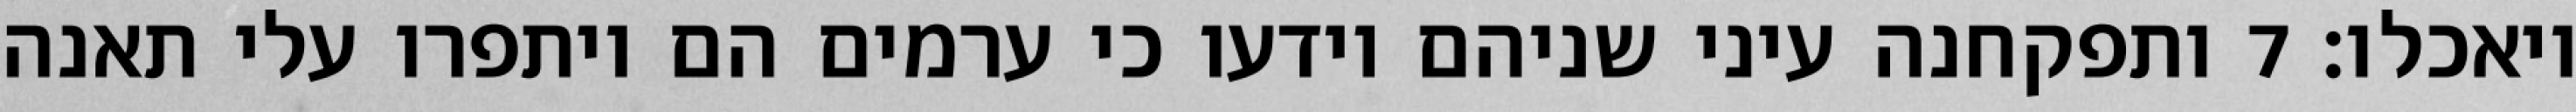
ויאכלו׃ ‎7‏ ותפקחנה עיני שניהם וידעו כי ערמים הם ויתפרו עלי תאנה